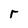
Character: r